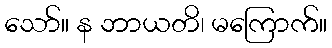
သော်။ န ဘာယတိ၊ မကြောက်။